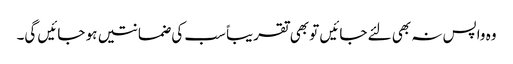
وہ واپس نہ بھی لئے جائیں تو بھی تقریباً سب کی ضمانتیں ہو جائیں گی۔